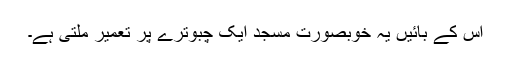
اس کے بائیں یہ خوبصورت مسجد ایک چبوترے پر تعمیر ملتی ہے۔